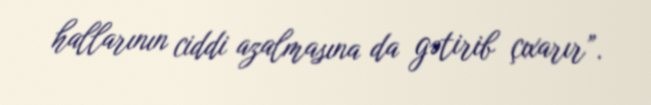
hallarının ciddi azalmasına da gətirib çıxarır”.